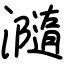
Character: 瀡